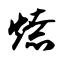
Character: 燎